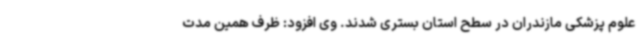
علوم پزشکی مازندران در سطح استان بستری شدند. وی افزود: ظرف همین مدت